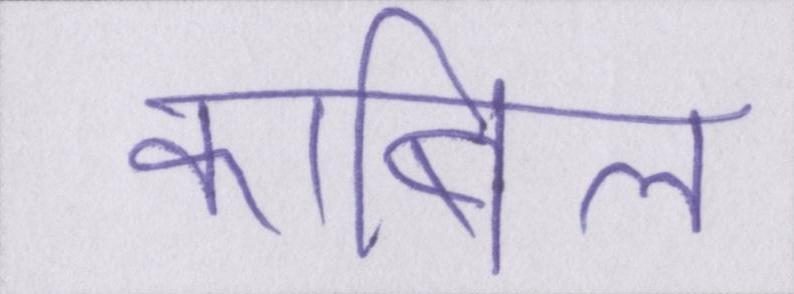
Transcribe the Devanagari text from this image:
काबिल